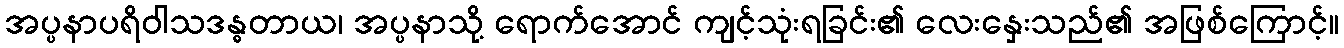
အပ္ပနာပရိဝါသဒန္ဓတာယ၊ အပ္ပနာသို့ ရောက်အောင် ကျင့်သုံးရခြင်း၏ လေးနှေးသည်၏ အဖြစ်ကြောင့်။